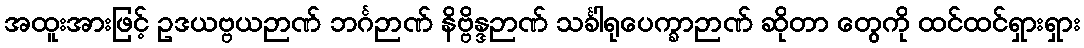
အထူးအားဖြင့် ဥဒယဗ္ဗယဉာဏ် ဘင်္ဂဉာဏ် နိဗ္ဗိန္ဒဉာဏ် သင်္ခါရုပေက္ခာဉာဏ် ဆိုတာ တွေကို ထင်ထင်ရှားရှား